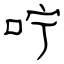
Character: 咛